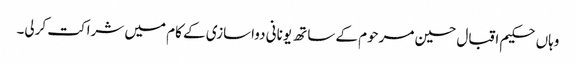
وہاں حکیم اقبال حسین مرحوم کے ساتھ یونانی دواسازی کے کام میں شراکت کرلی۔